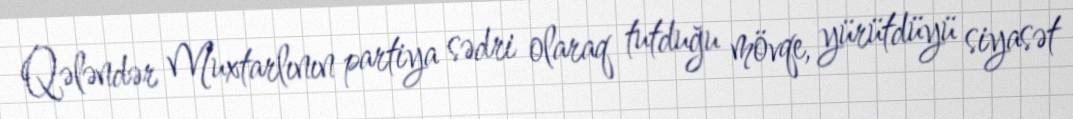
Qələndər Muxtarlının partiya sədri olaraq tutduğu mövqe, yürütdüyü siyasət